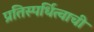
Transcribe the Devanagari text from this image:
प्रतिस्पर्धित्वाची